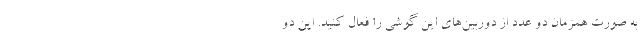
به صورت همزمان دو عدد از دوربین‌های این گوشی را فعال کنید. این دو